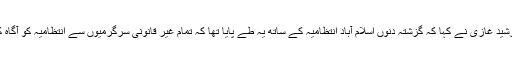
مولانا عبدالرشید غازی نے کہا کہ گزشتہ دنوں اسلام آباد انتظامیہ کے ساتھ یہ طے پایا تھا کہ تمام غیر قانونی سرگرمیوں سے انتظامیہ کو آگاہ کیا جائے گا۔